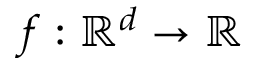
f : \ensuremath { \mathbb { R } ^ { d } } \to \ensuremath { \mathbb { R } }